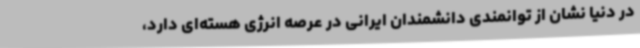
در دنیا نشان از توانمندی دانشمندان ایرانی در عرصه انرژی هسته‌ای دارد،